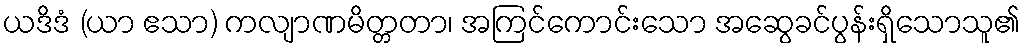
ယဒိဒံ (ယာ ဧသာ) ကလျာဏမိတ္တတာ၊ အကြင်ကောင်းသော အဆွေခင်ပွန်းရှိသောသူ၏